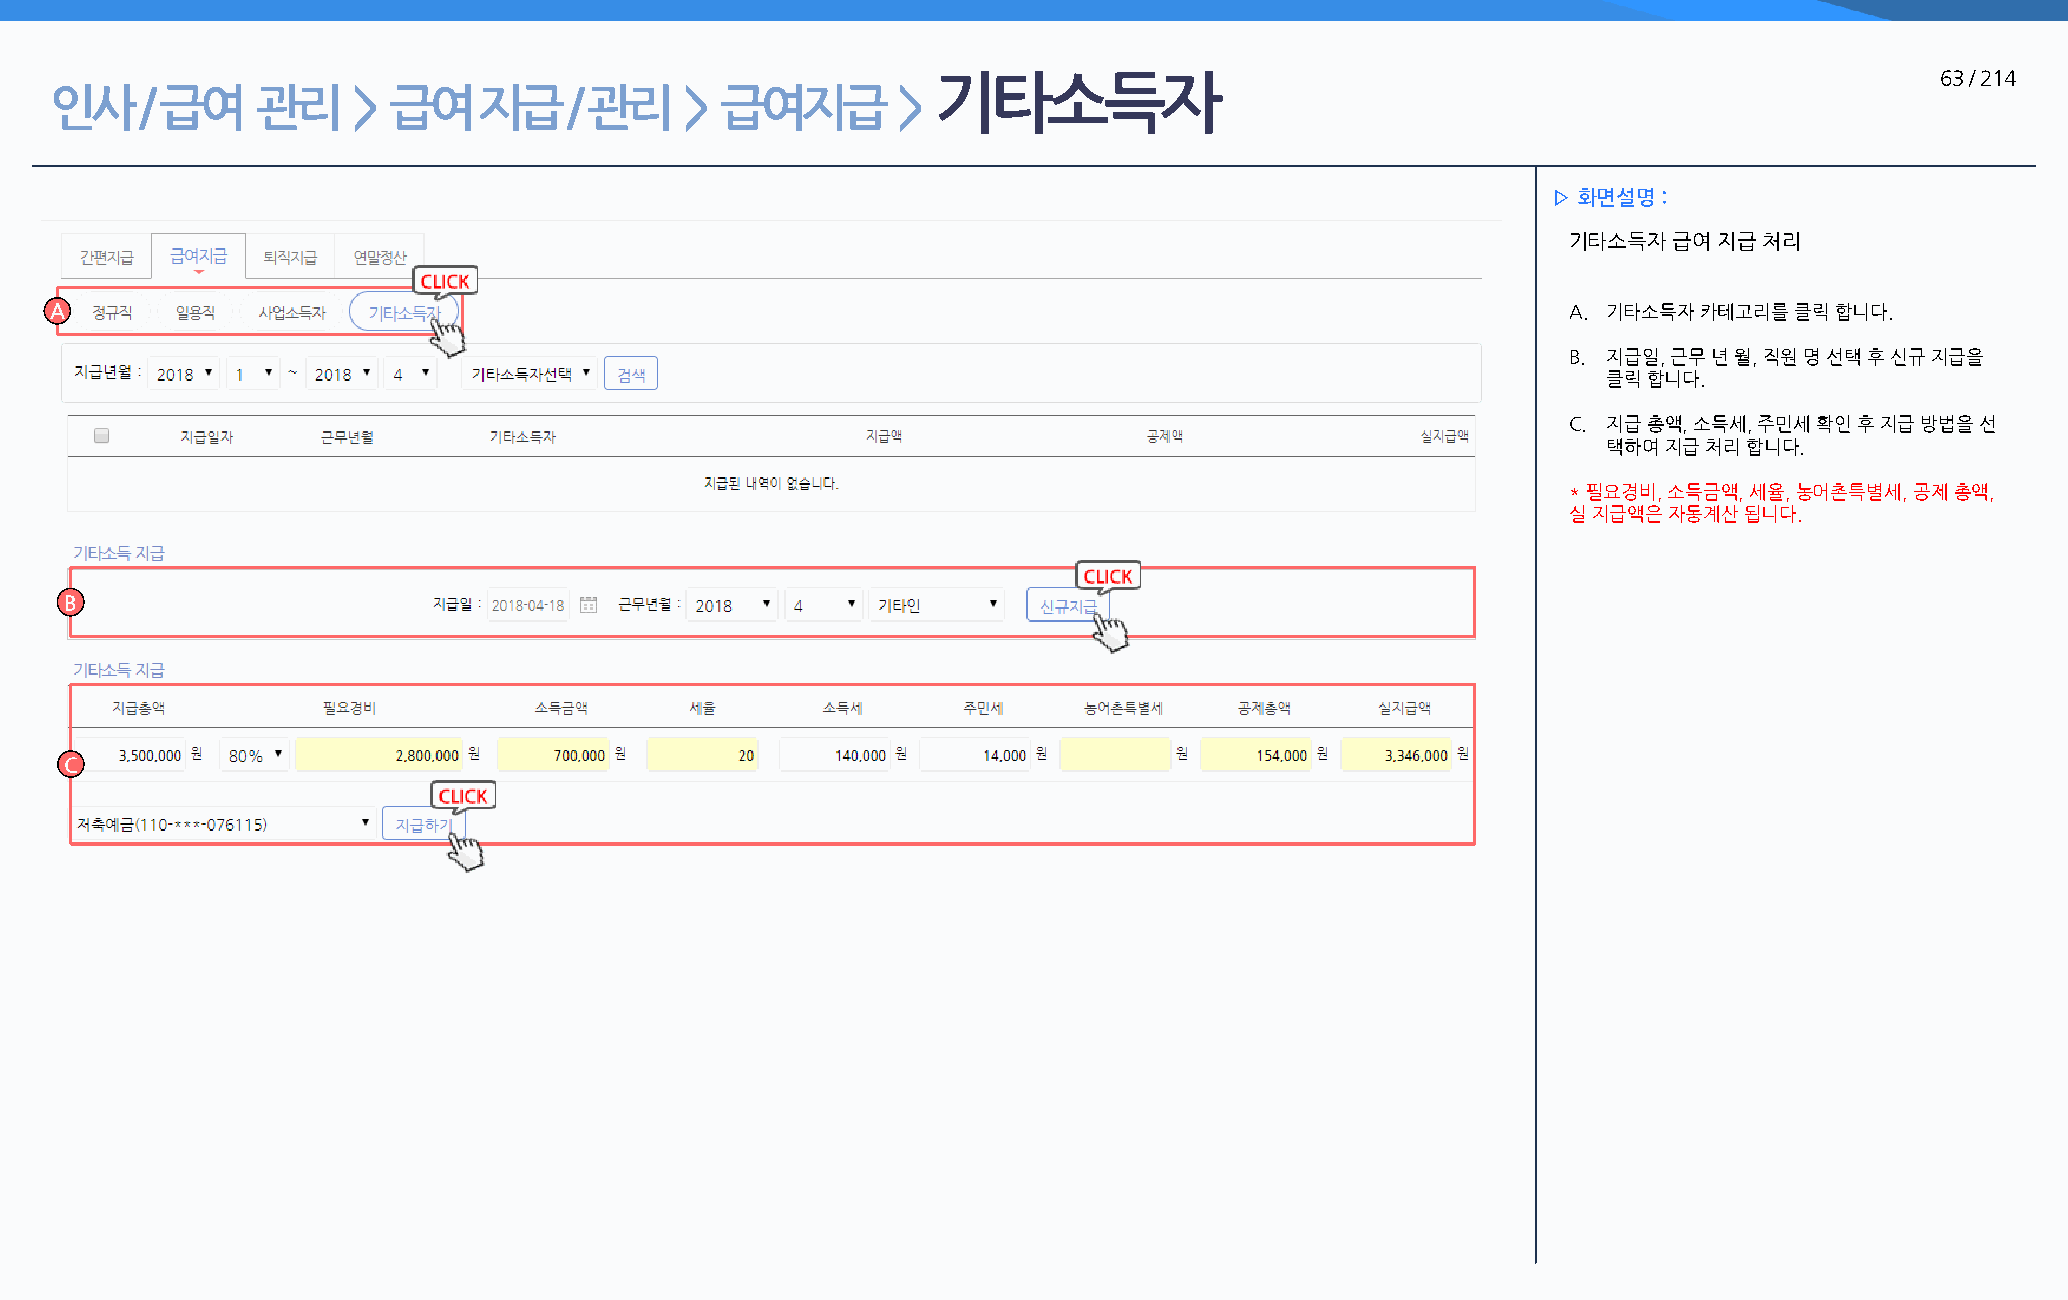
기타소득자                                                             63 / 214
 인사    / 급여    관리    >  급여    지급   / 관리    >  급여지급       >
 ▷ 화면설명 :
 기타소득자  급여 지급 처리
 A                                                                                                    A. 기타소득자 카테고리를 클릭 합니다.
 B. 지급일, 근무 년 월, 직원 명 선택 후 신규 지급을
 클릭 합니다.
 C. 지급 총액, 소득세, 주민세 확인 후 지급 방법을 선
 택하여 지급 처리 합니다.
 * 필요경비, 소득금액, 세율, 농어촌특별세, 공제 총액,
 실 지급액은 자동계산 됩니다.
 B
 C